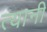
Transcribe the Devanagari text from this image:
त्‍यानी